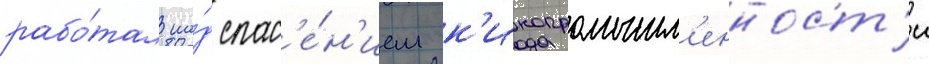
рабо́тал на́д спас'е́н'ием к'инопромышл'енност'и